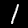
Digit: 1